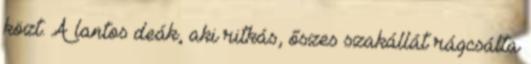
közt. A lantos deák, aki ritkás, őszes szakállát rágcsálta